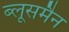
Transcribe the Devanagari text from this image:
ब्लूसमैन